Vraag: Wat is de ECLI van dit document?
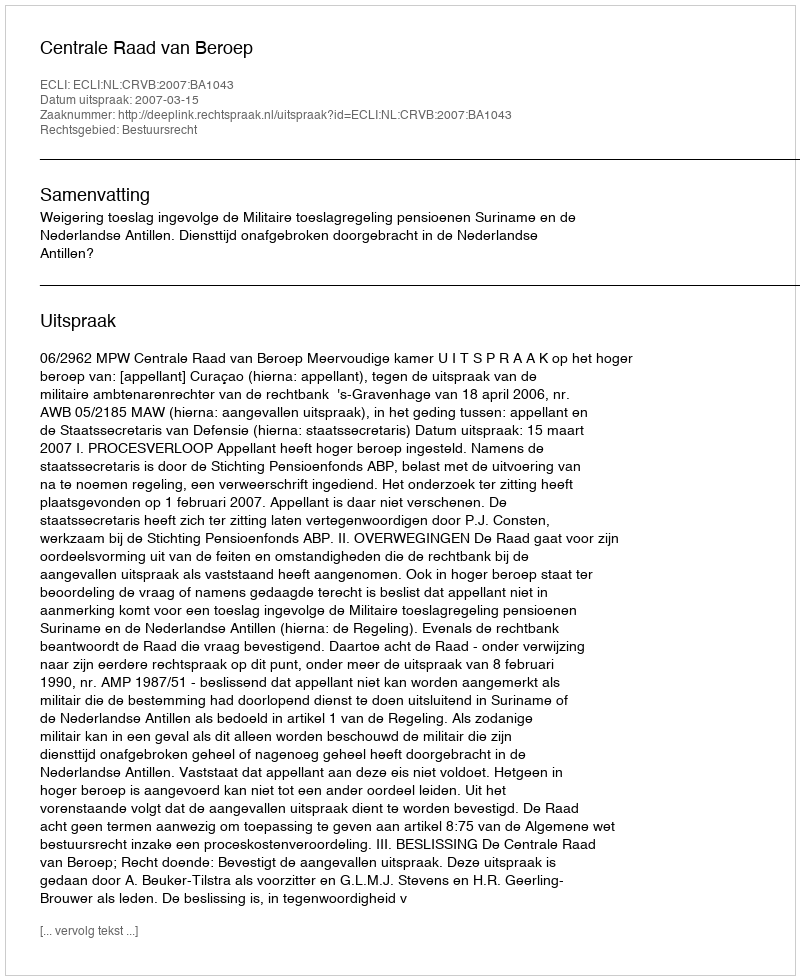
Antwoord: ECLI:NL:CRVB:2007:BA1043